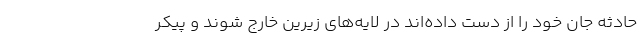
حادثه جان خود را از دست داده‌اند در لایه‌های زیرین خارج شوند و پیکر